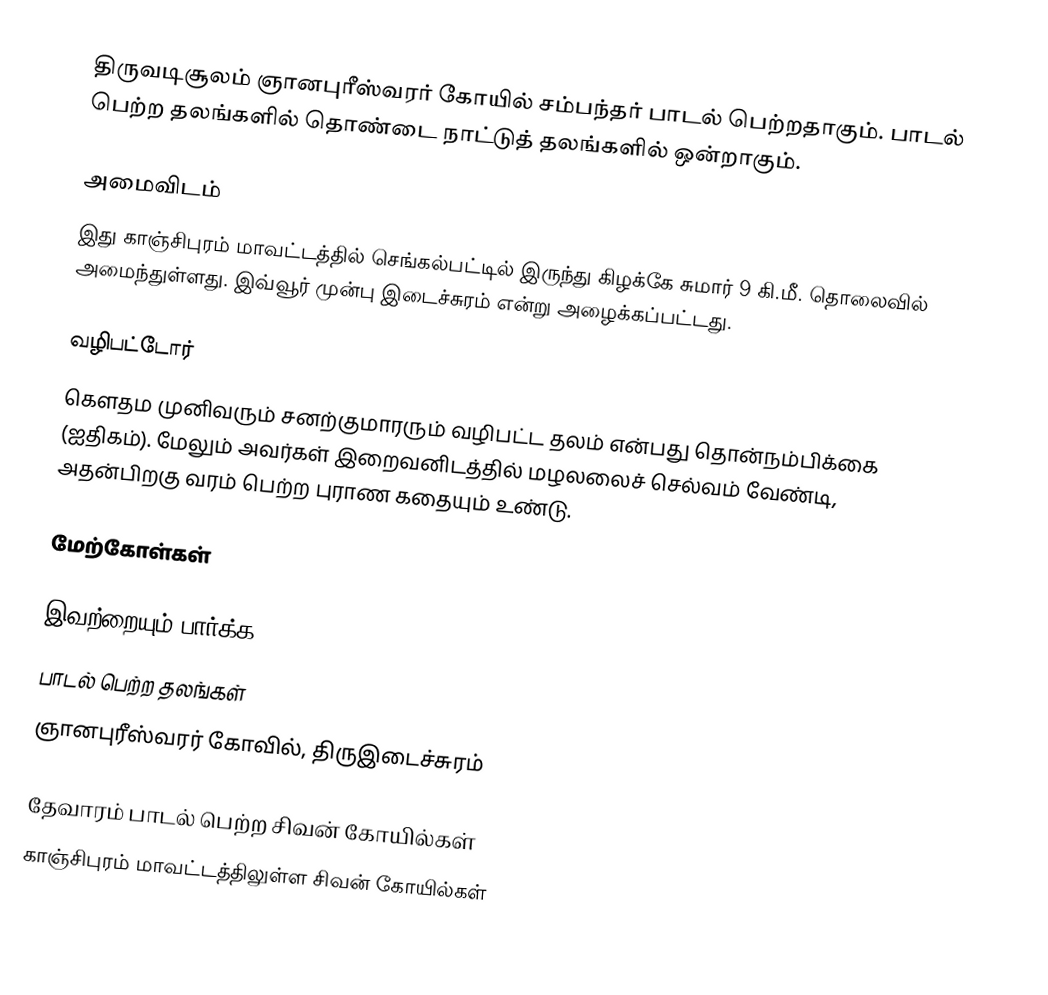
திருவடிசூலம் ஞானபுரீஸ்வரர் கோயில் சம்பந்தர் பாடல் பெற்றதாகும். பாடல் பெற்ற தலங்களில் தொண்டை நாட்டுத் தலங்களில் ஒன்றாகும்.

அமைவிடம்
இது காஞ்சிபுரம் மாவட்டத்தில்  செங்கல்பட்டில் இருந்து கிழக்கே சுமார் 9 கி.மீ. தொலைவில் அமைந்துள்ளது. இவ்வூர் முன்பு இடைச்சுரம் என்று அழைக்கப்பட்டது.

வழிபட்டோர்
கௌதம முனிவரும் சனற்குமாரரும் வழிபட்ட தலம் என்பது தொன்நம்பிக்கை (ஐதிகம்). மேலும் அவர்கள் இறைவனிடத்தில் மழலலைச் செல்வம் வேண்டி, அதன்பிறகு வரம் பெற்ற புராண கதையும் உண்டு.

மேற்கோள்கள்

இவற்றையும் பார்க்க
 பாடல் பெற்ற தலங்கள்
 ஞானபுரீஸ்வரர் கோவில், திருஇடைச்சுரம்

தேவாரம் பாடல் பெற்ற சிவன் கோயில்கள்
காஞ்சிபுரம் மாவட்டத்திலுள்ள சிவன் கோயில்கள்